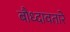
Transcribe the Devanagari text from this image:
बौध्दावतारे